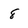
Character: 8